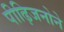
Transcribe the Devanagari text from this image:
पीढ़िजनोने